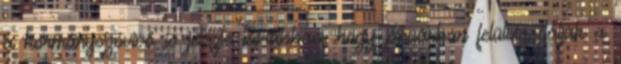
a kormányszóvivő is jelezte korábban, hogy januárban felülvizsgálják a